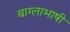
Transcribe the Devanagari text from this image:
बाग्लाभाषी